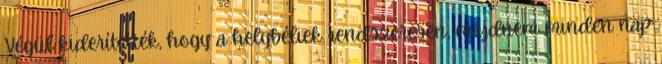
Végül kiderítették, hogy a helybéliek rendszeresen, majdnem minden nap